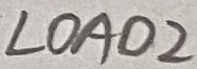
Text: LOAD2